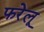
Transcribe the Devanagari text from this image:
फरेलू